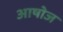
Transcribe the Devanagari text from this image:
आषोज